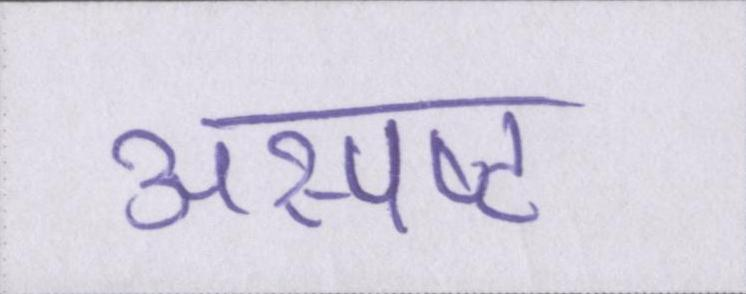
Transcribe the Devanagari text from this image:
अस्पष्ट